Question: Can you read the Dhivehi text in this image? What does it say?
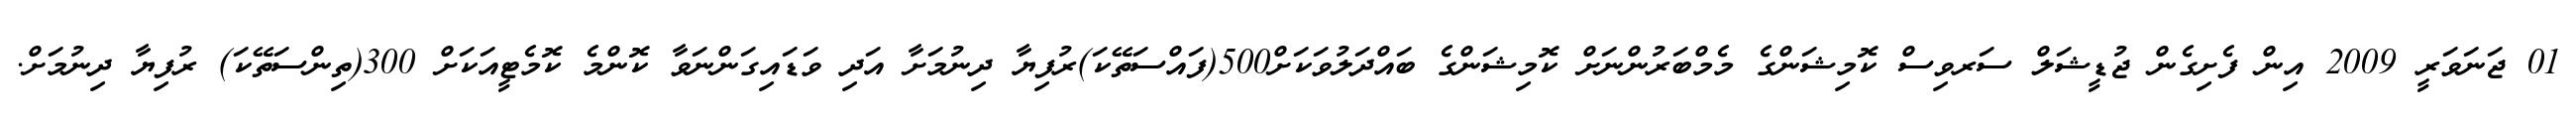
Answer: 01 ޖަނަވަރީ 2009 އިން ފެށިގެން ޖުޑީޝަލް ސަރވިސް ކޮމިޝަންގެ މެމްބަރުންނަށް ކޮމިޝަންގެ ބައްދަލުވަކަށް500(ފައްސަތޭކަ)ރުފިޔާ ދިނުމަށާ އަދި ވަޑައިގަންނަވާ ކޮންމެ ކޮމެޓީއަކަށް 300(ތިންސަތޭކަ) ރުފިޔާ ދިނުމަށް.